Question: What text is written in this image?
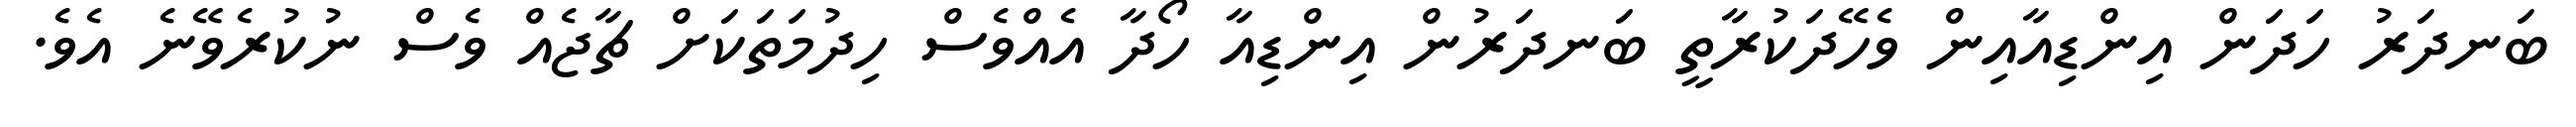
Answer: ބަނދަރު ހަދަން އިންޑިއާއިން ވެހޭދަކުރާތީ ބަނދަރުން އިންޑިއާ ހޯދާ އެއްވެސް ހިދުމަތަކަށް ޗާޖެއް ވެސް ނުކުރެވޭނެ އެވެ.